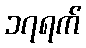
၁၇ရက်